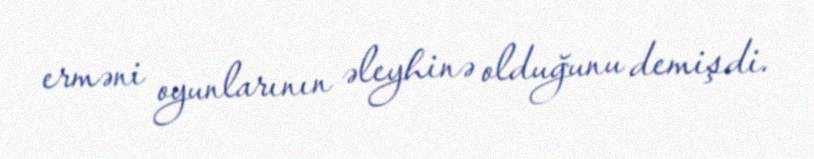
erməni oyunlarının əleyhinə olduğunu demişdi.